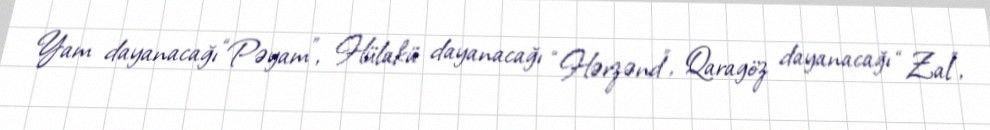
Yam dayanacağı “Pəyam”, Hülakü dayanacağı “Hərzənd”, Qaragöz dayanacağı “Zal”,